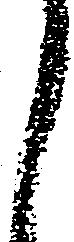
し